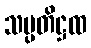
သမ္ပတိဋ္ဌထ